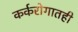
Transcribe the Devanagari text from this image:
कर्करोगातही